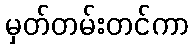
မှတ်တမ်းတင်ကာ